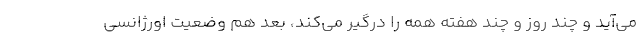
می‌آید و چند روز و چند هفته همه را درگیر می‌کند، بعد هم وضعیت اورژانسی